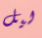
ليل